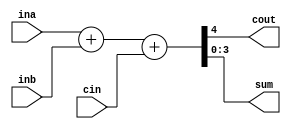
module add4_bin(cout,sum,ina,inb,cin);
	input cin;
	input[3:0] ina,inb;
	output[3:0] sum; 
	output cout;
	assign {cout,sum} = ina+inb+cin;
endmodule